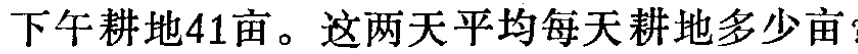
下午耕地41亩。这两天平均每天耕地多少亩？